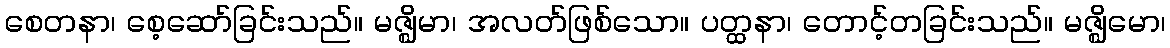
စေတနာ၊ စေ့ဆော်ခြင်းသည်။ မဇ္ဈိမာ၊ အလတ်ဖြစ်သော။ ပတ္ထနာ၊ တောင့်တခြင်းသည်။ မဇ္ဈိမော၊